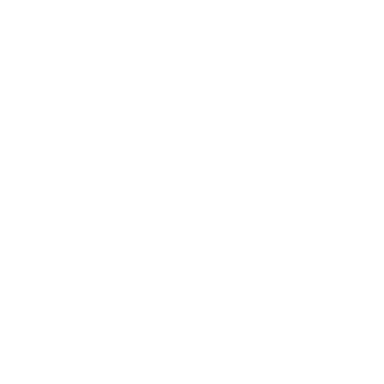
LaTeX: \qquad \qquad \qquad \qquad \qquad \qquad